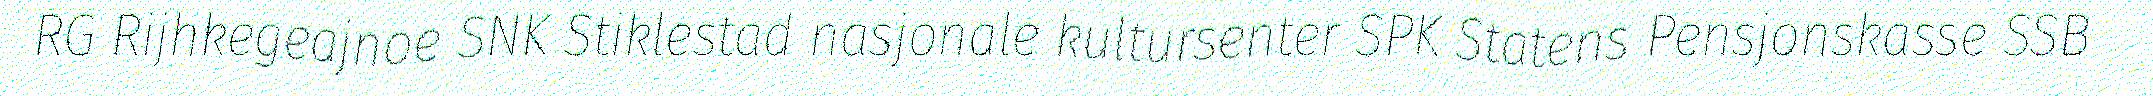
RG Rijhkegeajnoe SNK Stiklestad nasjonale kultursenter SPK Statens Pensjonskasse SSB